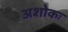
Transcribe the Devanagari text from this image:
अशोकः